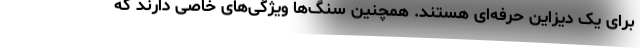
برای یک دیزاین حرفه‌ای هستند. همچنین سنگ‌ها ویژگی‌های خاصی دارند که